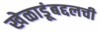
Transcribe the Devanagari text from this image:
खेळाडूंबद्दलची